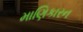
માણિકારન